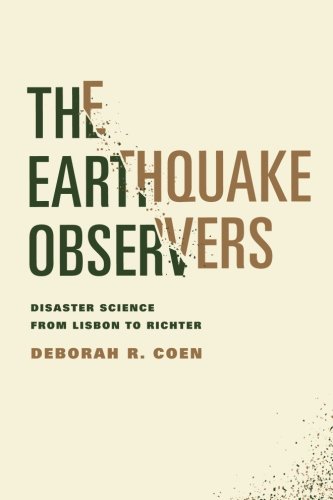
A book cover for The Earthquake Observers: Disaster Science from Lisbon to Richter; Deborah R. Coen; Science & Math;